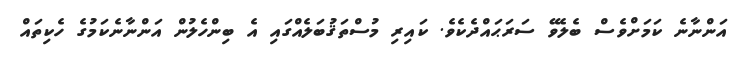
އަންނާނެ ކަމަށްވެސް ބެލެވޭ ސަރަޙައްދެކެވެ. ކައިރި މުސްތަޤުބަލެއްގައި އެ ބިންހެލުން އަންނާނެކަމުގެ ހެކިތައް